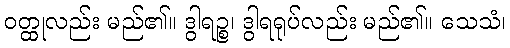
ဝတ္ထုလည်း မည်၏။ ဒွါရဉ္စ၊ ဒွါရရုပ်လည်း မည်၏။ သေသံ၊